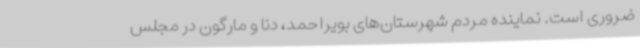
ضروری است. نماینده مردم شهرستان‌های بویراحمد، دنا و مارگون در مجلس